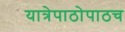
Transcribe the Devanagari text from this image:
यात्रेपाठोपाठच